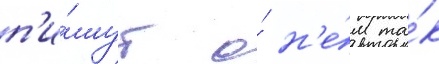
п'и́шут о́ н'е́м та́к